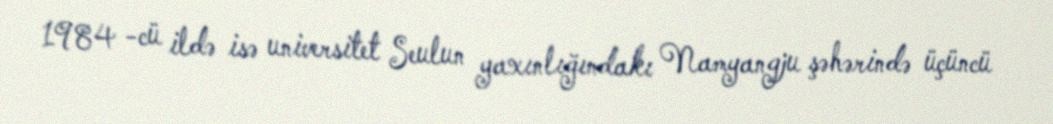
1984 -cü ildə isə universitet Seulun yaxınlığındakı Namyangju şəhərində üçüncü